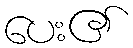
ပေး၏